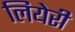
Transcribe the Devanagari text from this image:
लियेरी